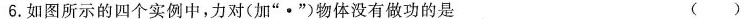
6.如图所示的四个实例中，力对(加”·”)物体没有做功的是 ( )